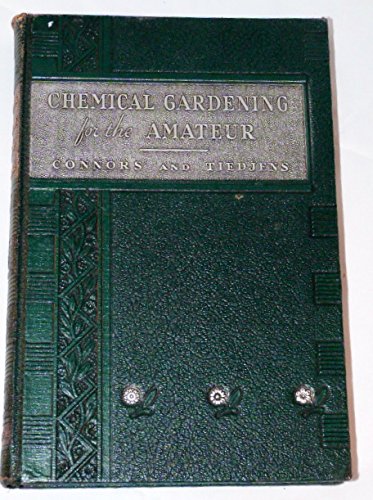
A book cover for Chemical Gardening for the Amateur Gardening without Soil Made Easy; Connors and Tiedjens; Crafts, Hobbies & Home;